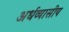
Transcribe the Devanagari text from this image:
अर्धव्यासीय